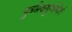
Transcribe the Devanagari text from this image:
पुत्रमेवंगुणोपेतं